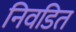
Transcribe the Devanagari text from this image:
निवडित